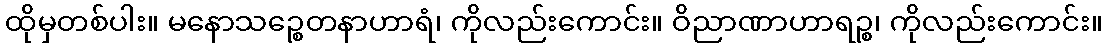
ထိုမှတစ်ပါး။ မနောသဉ္စေတနာဟာရံ၊ ကိုလည်းကောင်း။ ဝိညာဏာဟာရဉ္စ၊ ကိုလည်းကောင်း။